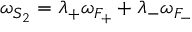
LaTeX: \omega _ { S _ { 2 } } = \lambda _ { + } \omega _ { F _ { + } } + \lambda _ { - } \omega _ { F _ { - } }